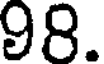
98.